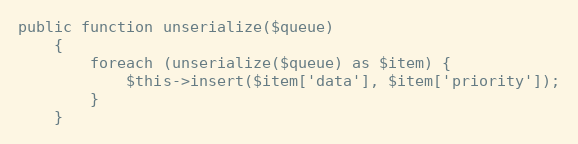
Language: PHP
public function unserialize($queue)
    {
        foreach (unserialize($queue) as $item) {
            $this->insert($item['data'], $item['priority']);
        }
    }